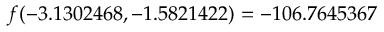
f ( - 3 . 1 3 0 2 4 6 8 , - 1 . 5 8 2 1 4 2 2 ) = - 1 0 6 . 7 6 4 5 3 6 7